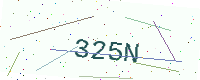
Text: 325N